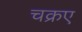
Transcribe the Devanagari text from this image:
चक्रए